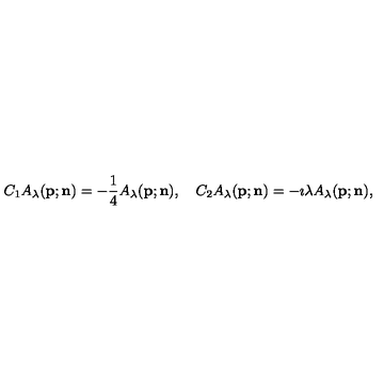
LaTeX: C _ { 1 } A _ { \lambda } ( { \bf p } ; { \bf n } ) = - \frac { 1 } { 4 } A _ { \lambda } ( { \bf p } ; { \bf n } ) , \quad { C _ { 2 } } A _ { \lambda } ( { \bf p } ; { \bf n } ) = - \imath { \lambda } A _ { \lambda } ( { \bf p } ; { \bf n } ) ,